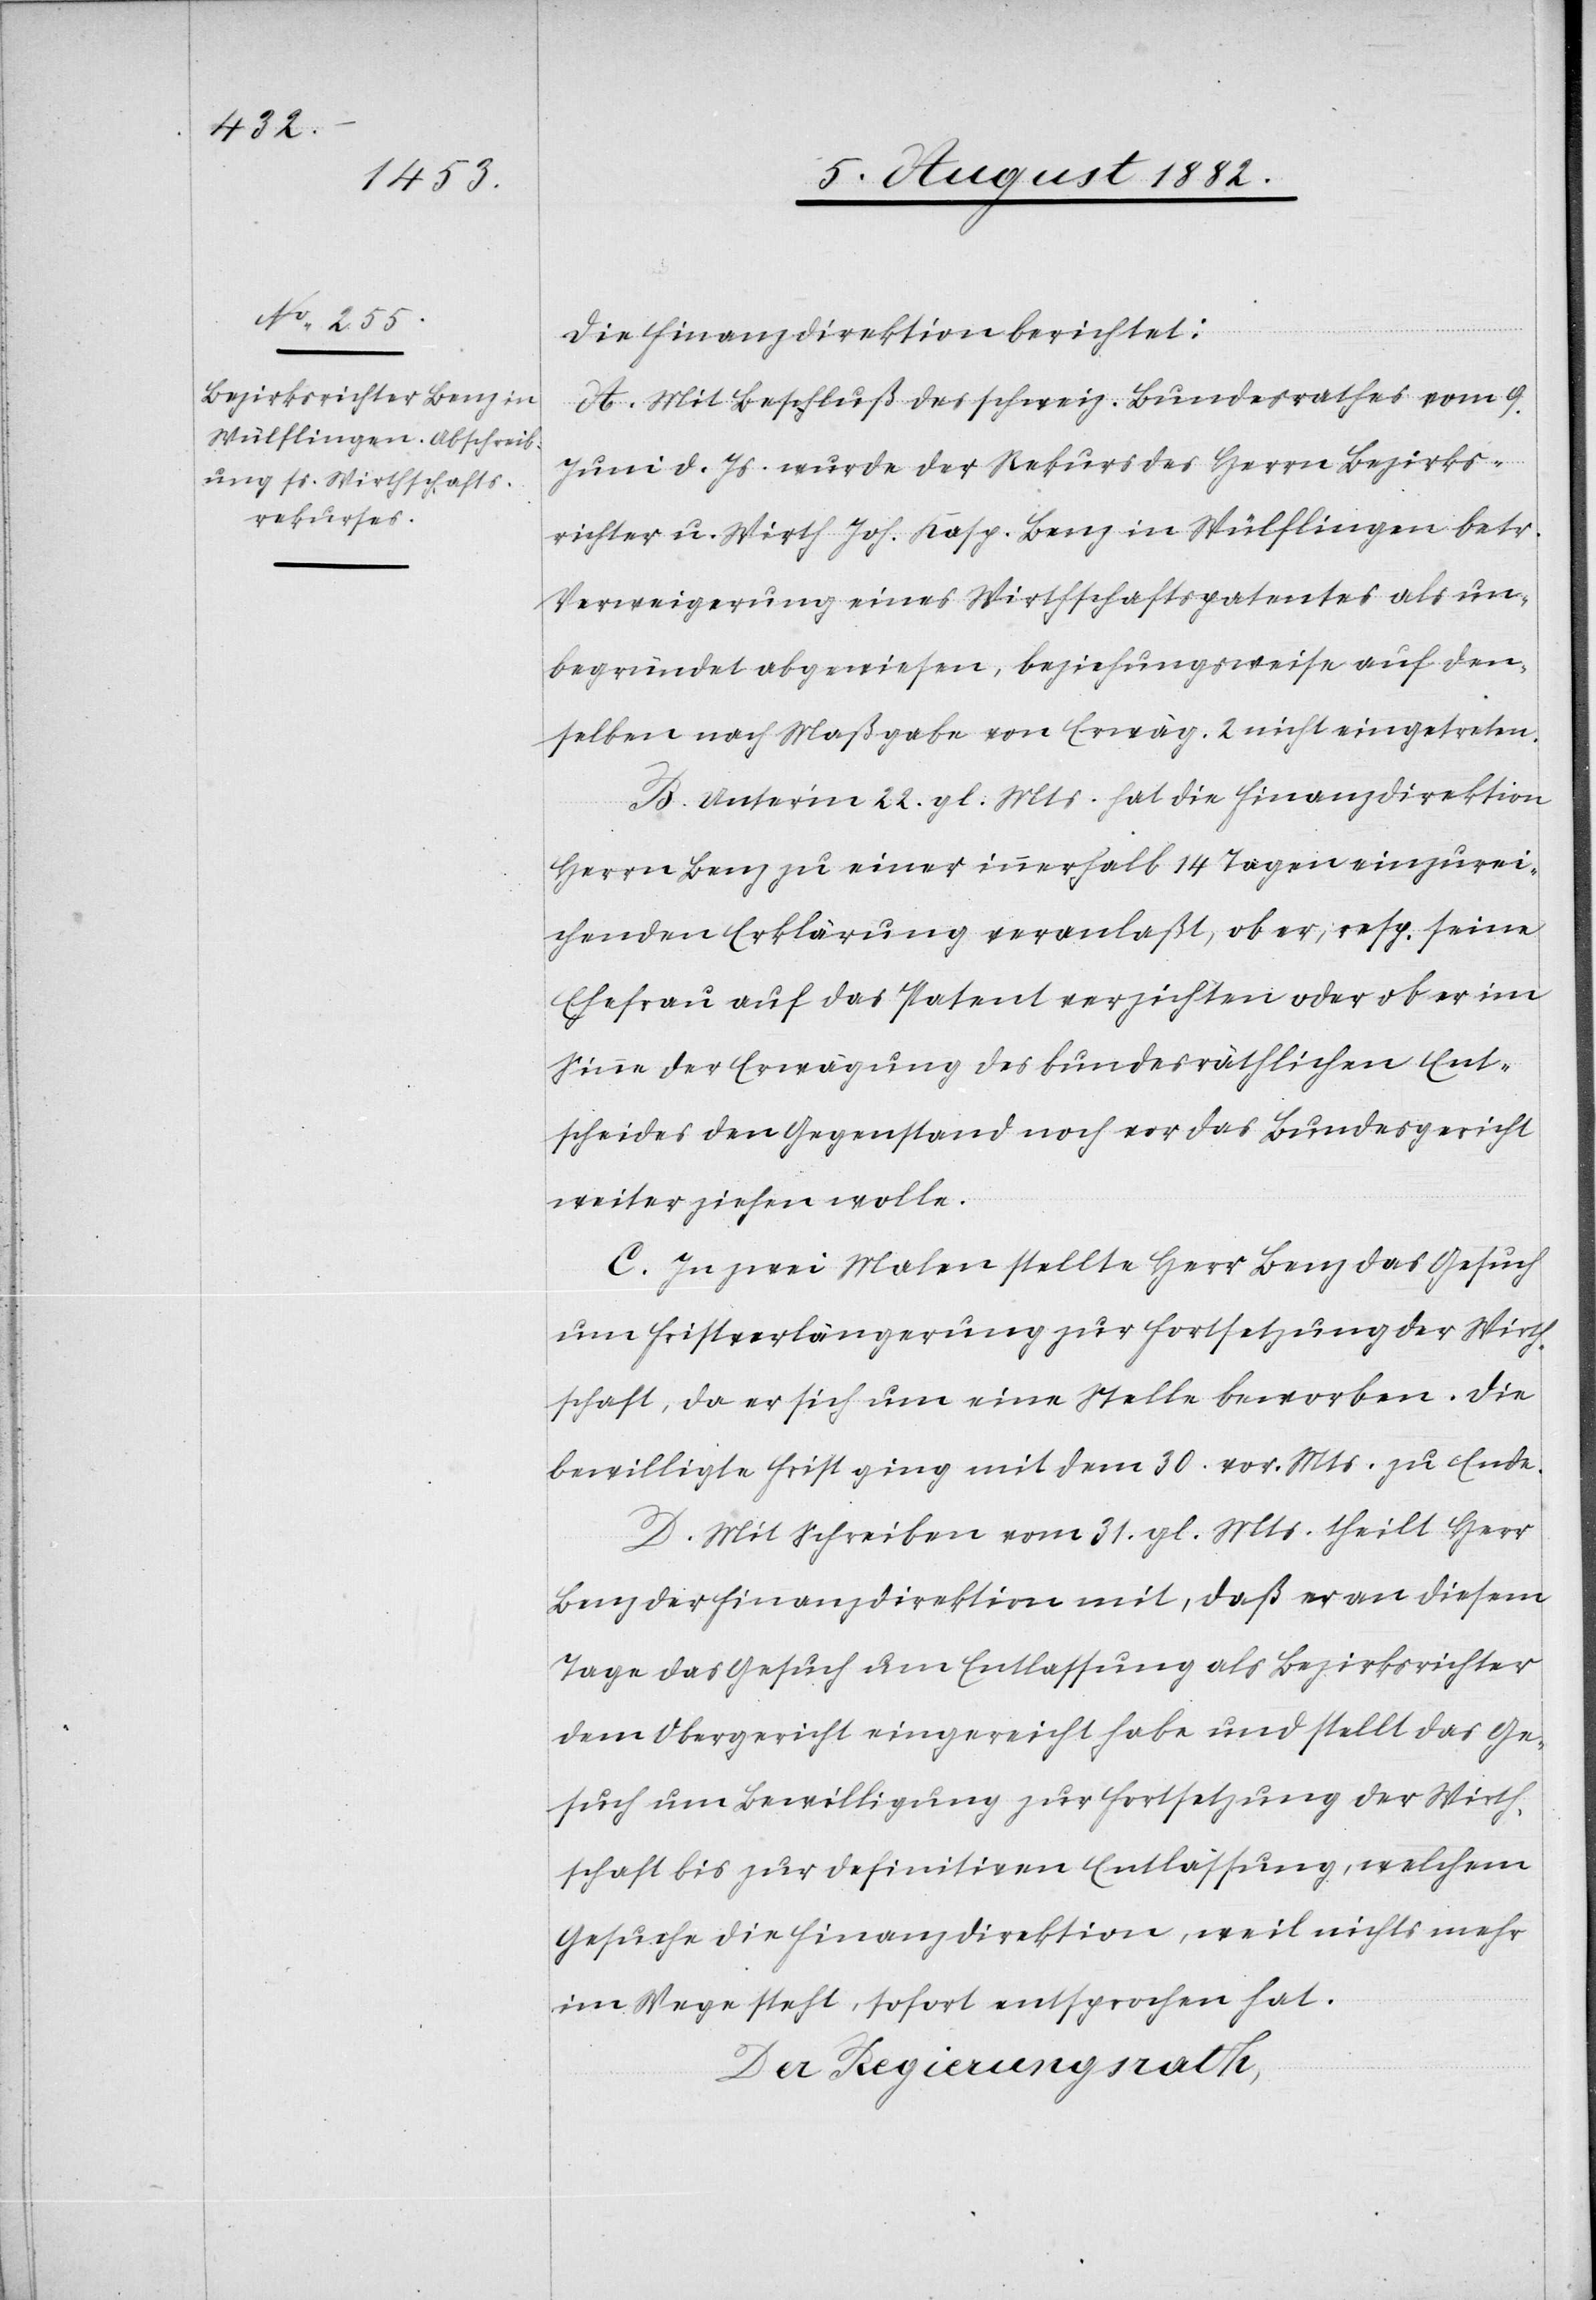
Die Finanzdirektion berichtet:
A. Mit Beschluß des schweiz. Bundesrathes vom 9.
Juni d. Js. wurde der Rekurs des Herrn Bezirks¬
richter u. Wirth Joh. Kasp. Benz in Wülflingen betr.
Verweigerung eines Wirthschaftspatentes als un¬
begründet abgewiesen, beziehungsweise auf den¬
selben nach Maßgabe von Erwäg. 2 nicht eingetreten.
B. Unter’m 22. gl. Mts. hat die Finanzdirektion
Herrn Benz zu einer innerhalb 14 Tagen einzurei¬
chenden Erklärung veranlaßt, ob er, resp. seine
Ehefrau auf das Patent verzichten oder ob er im
Sinne der Erwägung des bundesräthlichen Ent¬
scheides den Gegenstand noch vor das Bundesgericht
weiter ziehen wolle.
C. In zwei Malen stellte Herr Benz das Gesuch
um Fristverlängerung zur Fortsetzung der Wirth¬
schaft, da er sich um eine Stelle beworben. Die
bewilligte Frist ging mit dem 30. vor. Mts. zu Ende.
D. Mit Schreiben vom 31. gl. Mts. theilt Herr
Benz der Finanzdirektion mit, daß er an diesem
Tage das Gesuch um Entlassung als Bezirksrichter
dem Obergericht eingereicht habe und stellt das Ge¬
such um Bewilligung zur Fortsetzung der Wirth¬
schaft bis zur definitiven Entlassung, welchem
Gesuche die Finanzdirektion, weil nichts mehr
im Wege steht, sofort entsprochen hat.
Der Regierungsrath,